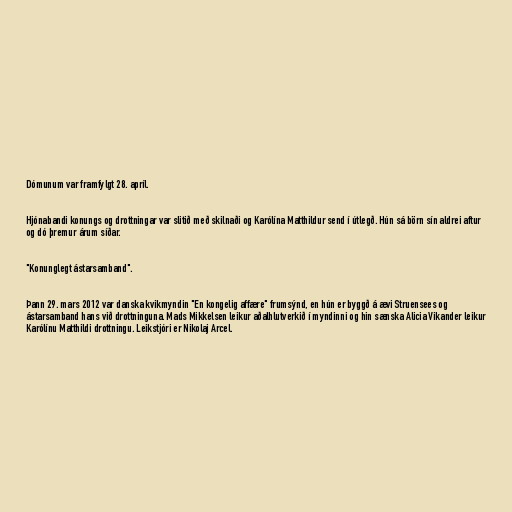
Dómunum var framfylgt 28. apríl.

Hjónabandi konungs og drottningar var slitið með skilnaði og Karólína Matthildur send í útlegð. Hún sá börn sín aldrei aftur
og dó þremur árum síðar.

"Konunglegt ástarsamband".

Þann 29. mars 2012 var danska kvikmyndin "En kongelig affære" frumsýnd, en hún er byggð á ævi Struensees og
ástarsamband hans við drottninguna. Mads Mikkelsen leikur aðalhlutverkið í myndinni og hin sænska Alicia Vikander leikur
Karólínu Matthildi drottningu. Leikstjóri er Nikolaj Arcel.